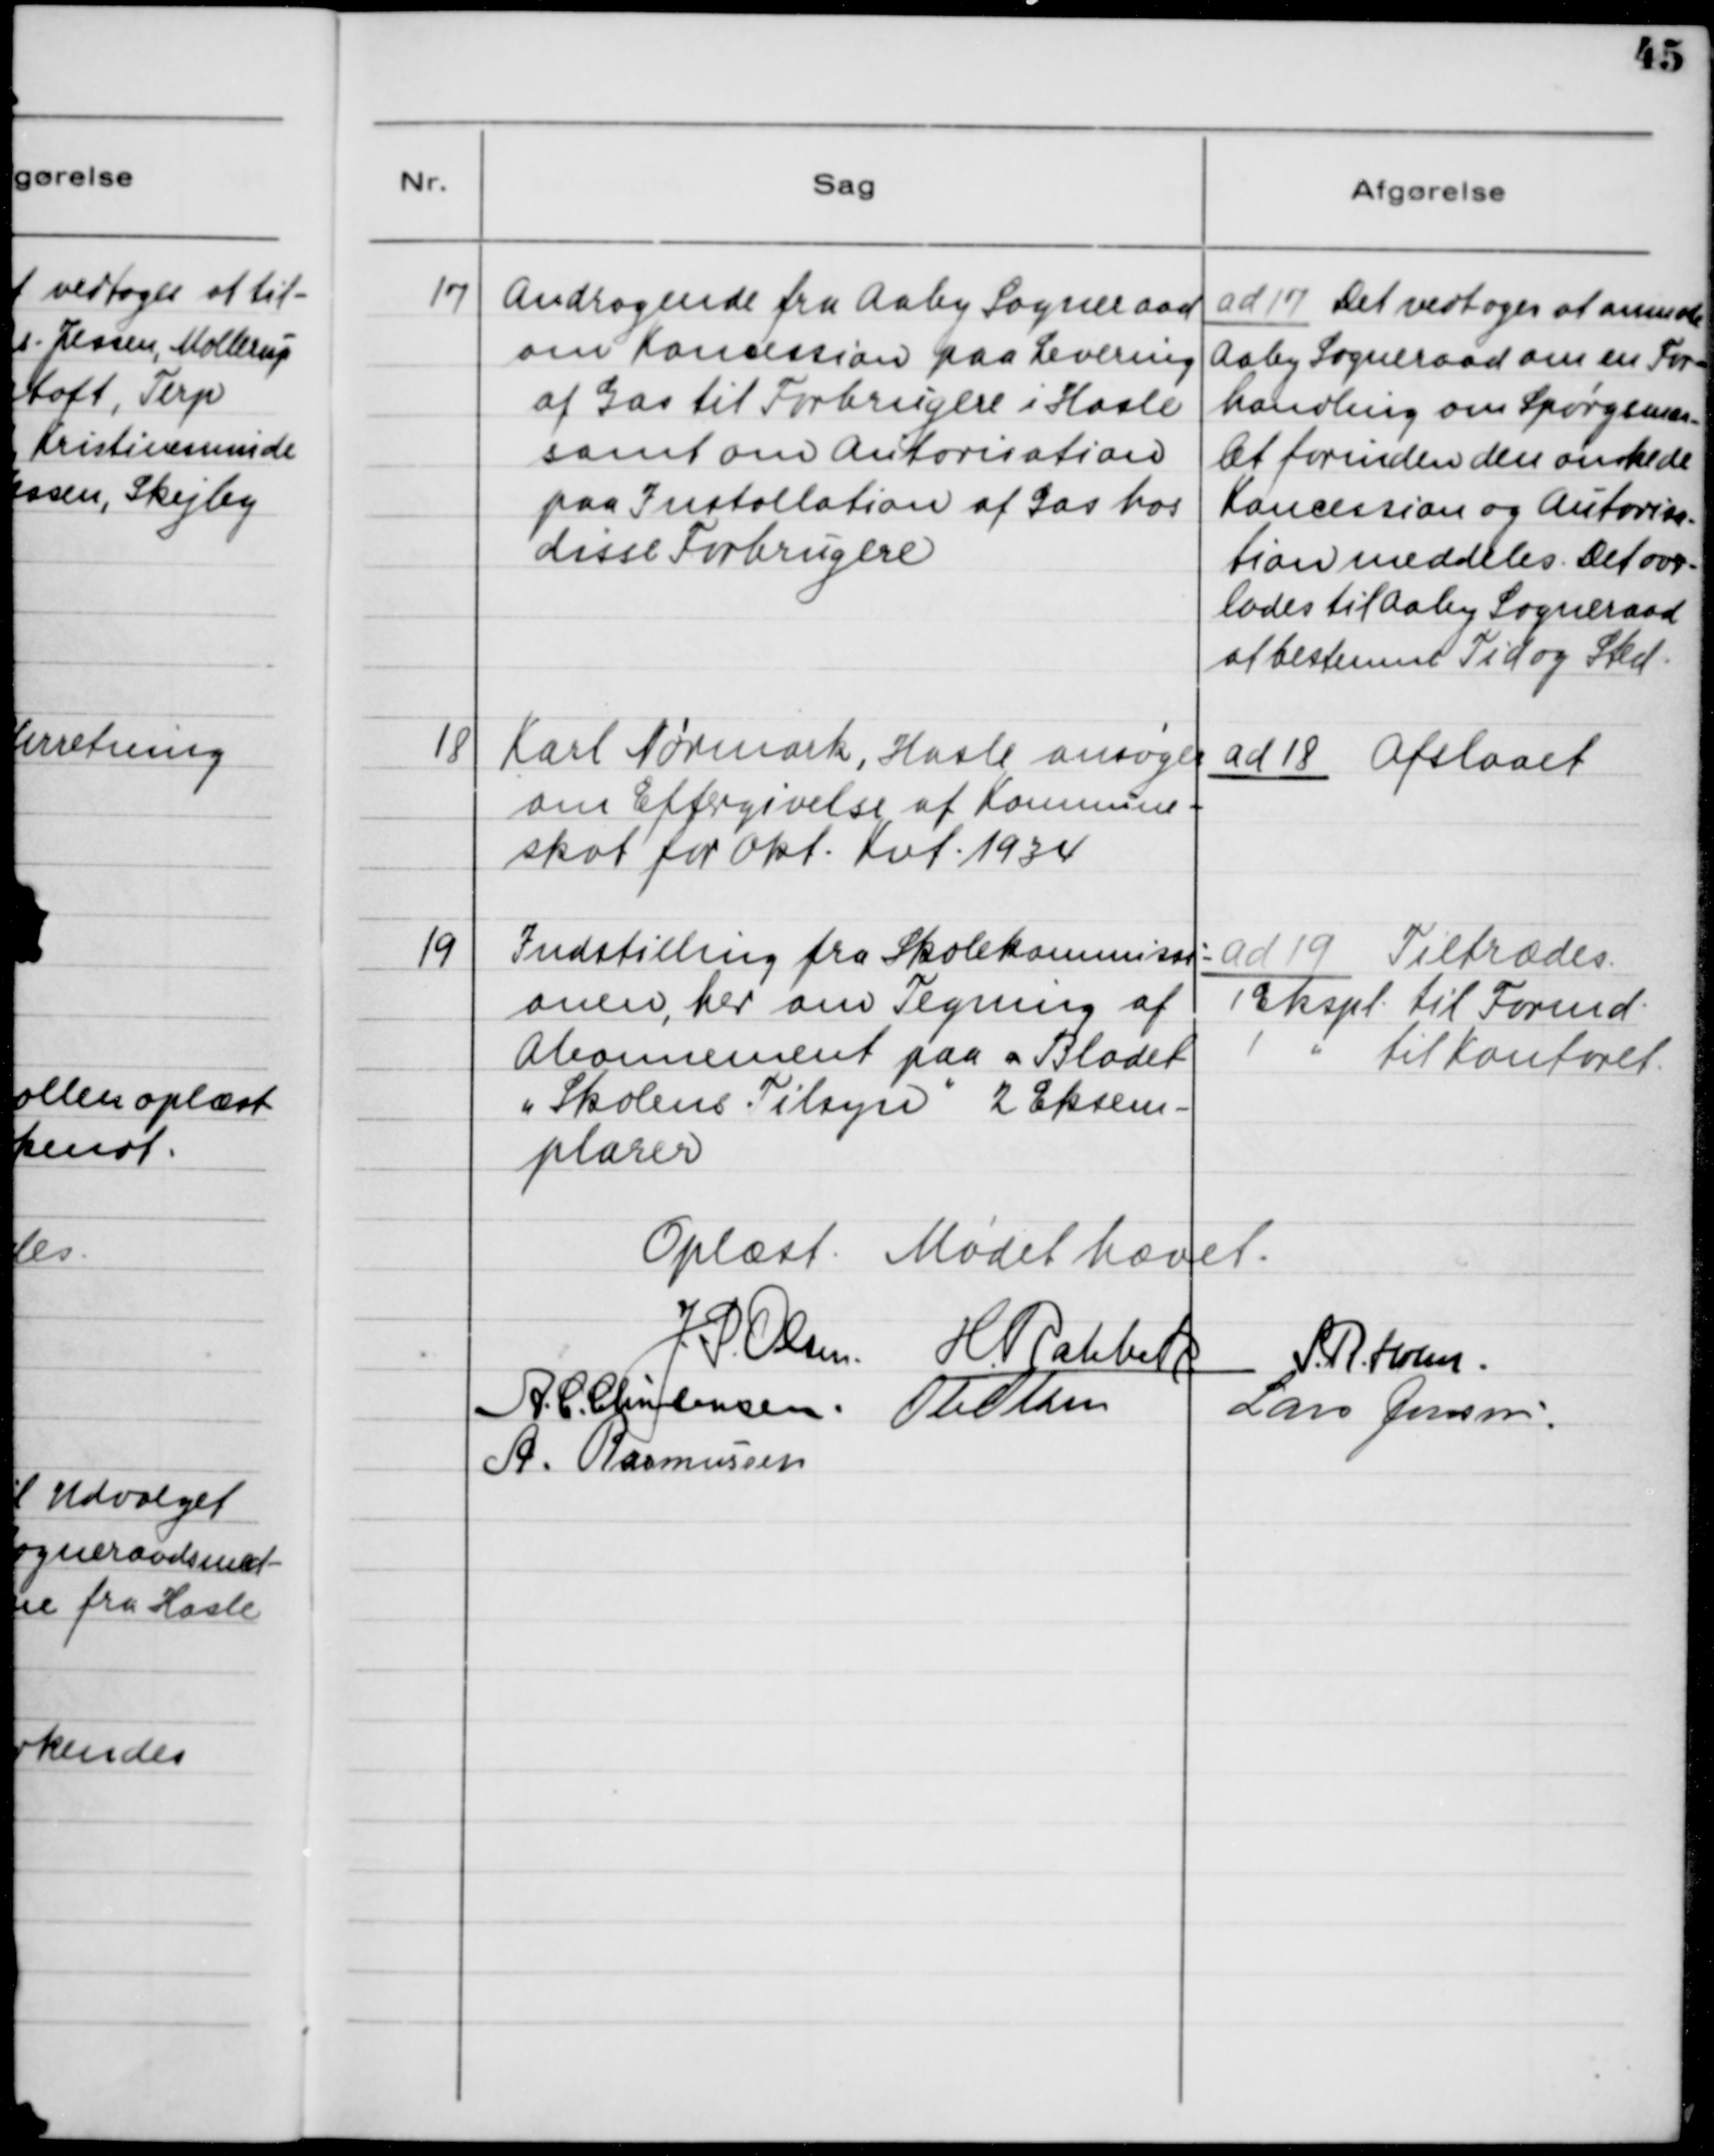
Transskription:
17

Andragende fra Aaby Sogneraad
om Koncession paa Levering
af Gas til Forbrugere i Hasle
samt om Autorisation
paa Installation af Gas hos
disse Forbrugere

ad 17 Det vedtoges at anmode
Aaby Sogneraad om en For-
handling om Spørgsmaa-
let forinden den ønskede
Koncession og Autorisa-
tion meddeles. Det over-
lades til Aaby Sogneraad
at bestemme Tid og Sted.

18

Karl Nørmark, Hasle ansøger
om Eftergivelse af Kommune-
skat for Okt. Kvt. 1934

ad 18 Afslaaet

19

Indstilling fra Skolekommissi-
onen, her om Tegning af
Abonnement paa a Bladet
"Skolens Tilsyn" 2 Eksem-
plarer

ad 19 Tiltrædes.
1 Ekspl. til Formd.
1 " til Kontoret

Oplæst. Mødet hævet